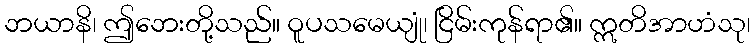
ဘယာနိ၊ ဤဘေးတို့သည်။ ဝူပသမေယျုံ၊ ငြိမ်းကုန်ရာ၏။ ဣတိအာဟံသု၊